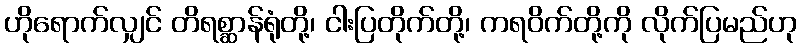
ဟိုရောက်လျှင် တိရစ္ဆာန်ရုံတို့၊ ငါးပြတိုက်တို့၊ ကရဝိက်တို့ကို လိုက်ပြမည်ဟု